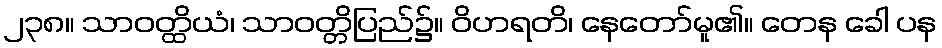
၂၃၈။ သာဝတ္ထိယံ၊ သာဝတ္တိပြည်၌။ ဝိဟရတိ၊ နေတော်မူ၏။ တေန ခေါ ပန